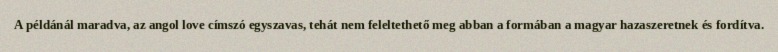
A példánál maradva, az angol love címszó egyszavas, tehát nem feleltethető meg abban a formában a magyar hazaszeretnek és fordítva.